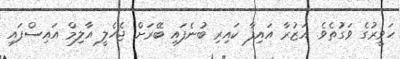
ހަވީރުގެ ވަގުތެވެ. އަޒުރާ އައިފާ ކައިރި ބުނެފައި ބޭރަށް ޖެހެލީ އާލިމް އައިސްފައި